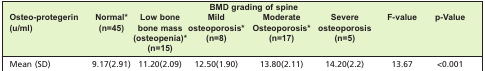
<table><thead><tr><td colspan="8"><b>BMD grading of spine</b></td></tr><tr><td><b>Osteo-protegerin (u/ml)</b></td><td><b>Normal* (n=45)</b></td><td><b>Low bone bone mass (osteopenia)* (n=15)</b></td><td><b>Mild osteoporosis* (n=8)</b></td><td><b>Moderate Osteoporosis* (n=17)</b></td><td><b>Severe osteoporosis (n=5)</b></td><td><b>F-value</b></td><td><b>p-Value</b></td></tr></thead><tbody><tr><td>Mean (SD)</td><td>9.17(2.91)</td><td>11.20(2.09)</td><td>12.50(1.90)</td><td>13.80(2.11)</td><td>14.20(2.2)</td><td>13.67</td><td>&lt;0.001</td></tr></tbody></table>